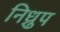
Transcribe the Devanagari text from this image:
निध्रुप